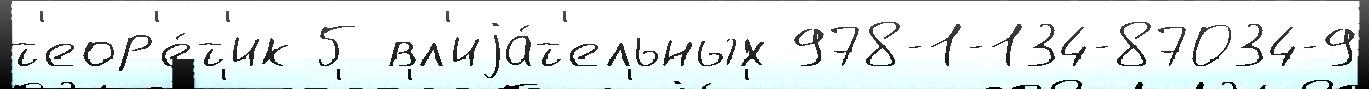
т'еор'е́т'ик 5 вл'иjа́т'ельных 978-1-134-87034-9